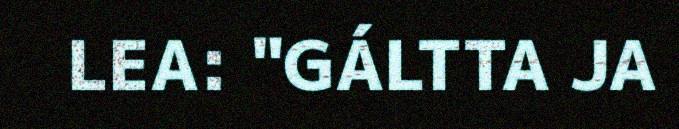
LEA: "GÁLTTA JA